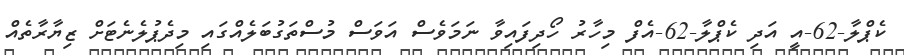
ކެޕްލާ-62-އީ އަދި ކެޕްލާ-62-އެފް މިހާރު ހޯދިފައިވާ ނަމަވެސް އަވަސް މުސްތަގުބަލެއްގައި މިދެޕުލެނެޓަށް ޒިޔާރާތެއް